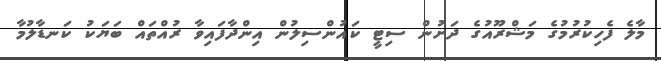
މާލެ ފެހިކުރުމުގެ މަޝްރޫއުގެ ދަށުން ސިޓީ ކައުންސިލުން އިންދާފައިވާ ރުއްތައް ބަޔަކު ކަނޑާލުމާ